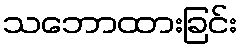
သဘောထားခြင်း